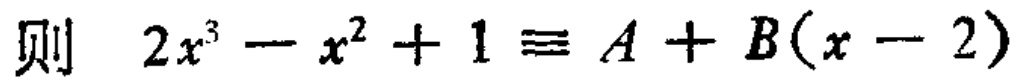
则 \(2x^{3}-x^{2}+1\equiv A + B(x - 2)\)